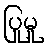
ပြုမူ